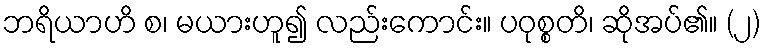
ဘရိယာဟိ စ၊ မယားဟူ၍ လည်းကောင်း။ ပဝုစ္စတိ၊ ဆိုအပ်၏။ (၂)